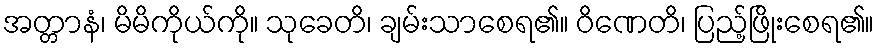
အတ္တာနံ၊ မိမိကိုယ်ကို။ သုခေတိ၊ ချမ်းသာစေရ၏။ ဝိဏေတိ၊ ပြည့်ဖြိုးစေရ၏။